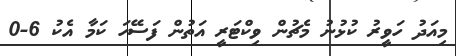
މިއަދު ހަވީރު ކުޅުނު މެޗުން ވިކްޓަރީ އަތުން ފަސޭހަ ކަމާ އެކު 6-0